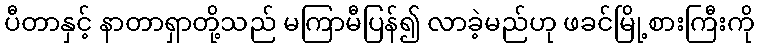
ပီတာနှင့် နာတာရှာတို့သည် မကြာမီပြန်၍ လာခဲ့မည်ဟု ဖခင်မြို့စားကြီးကို